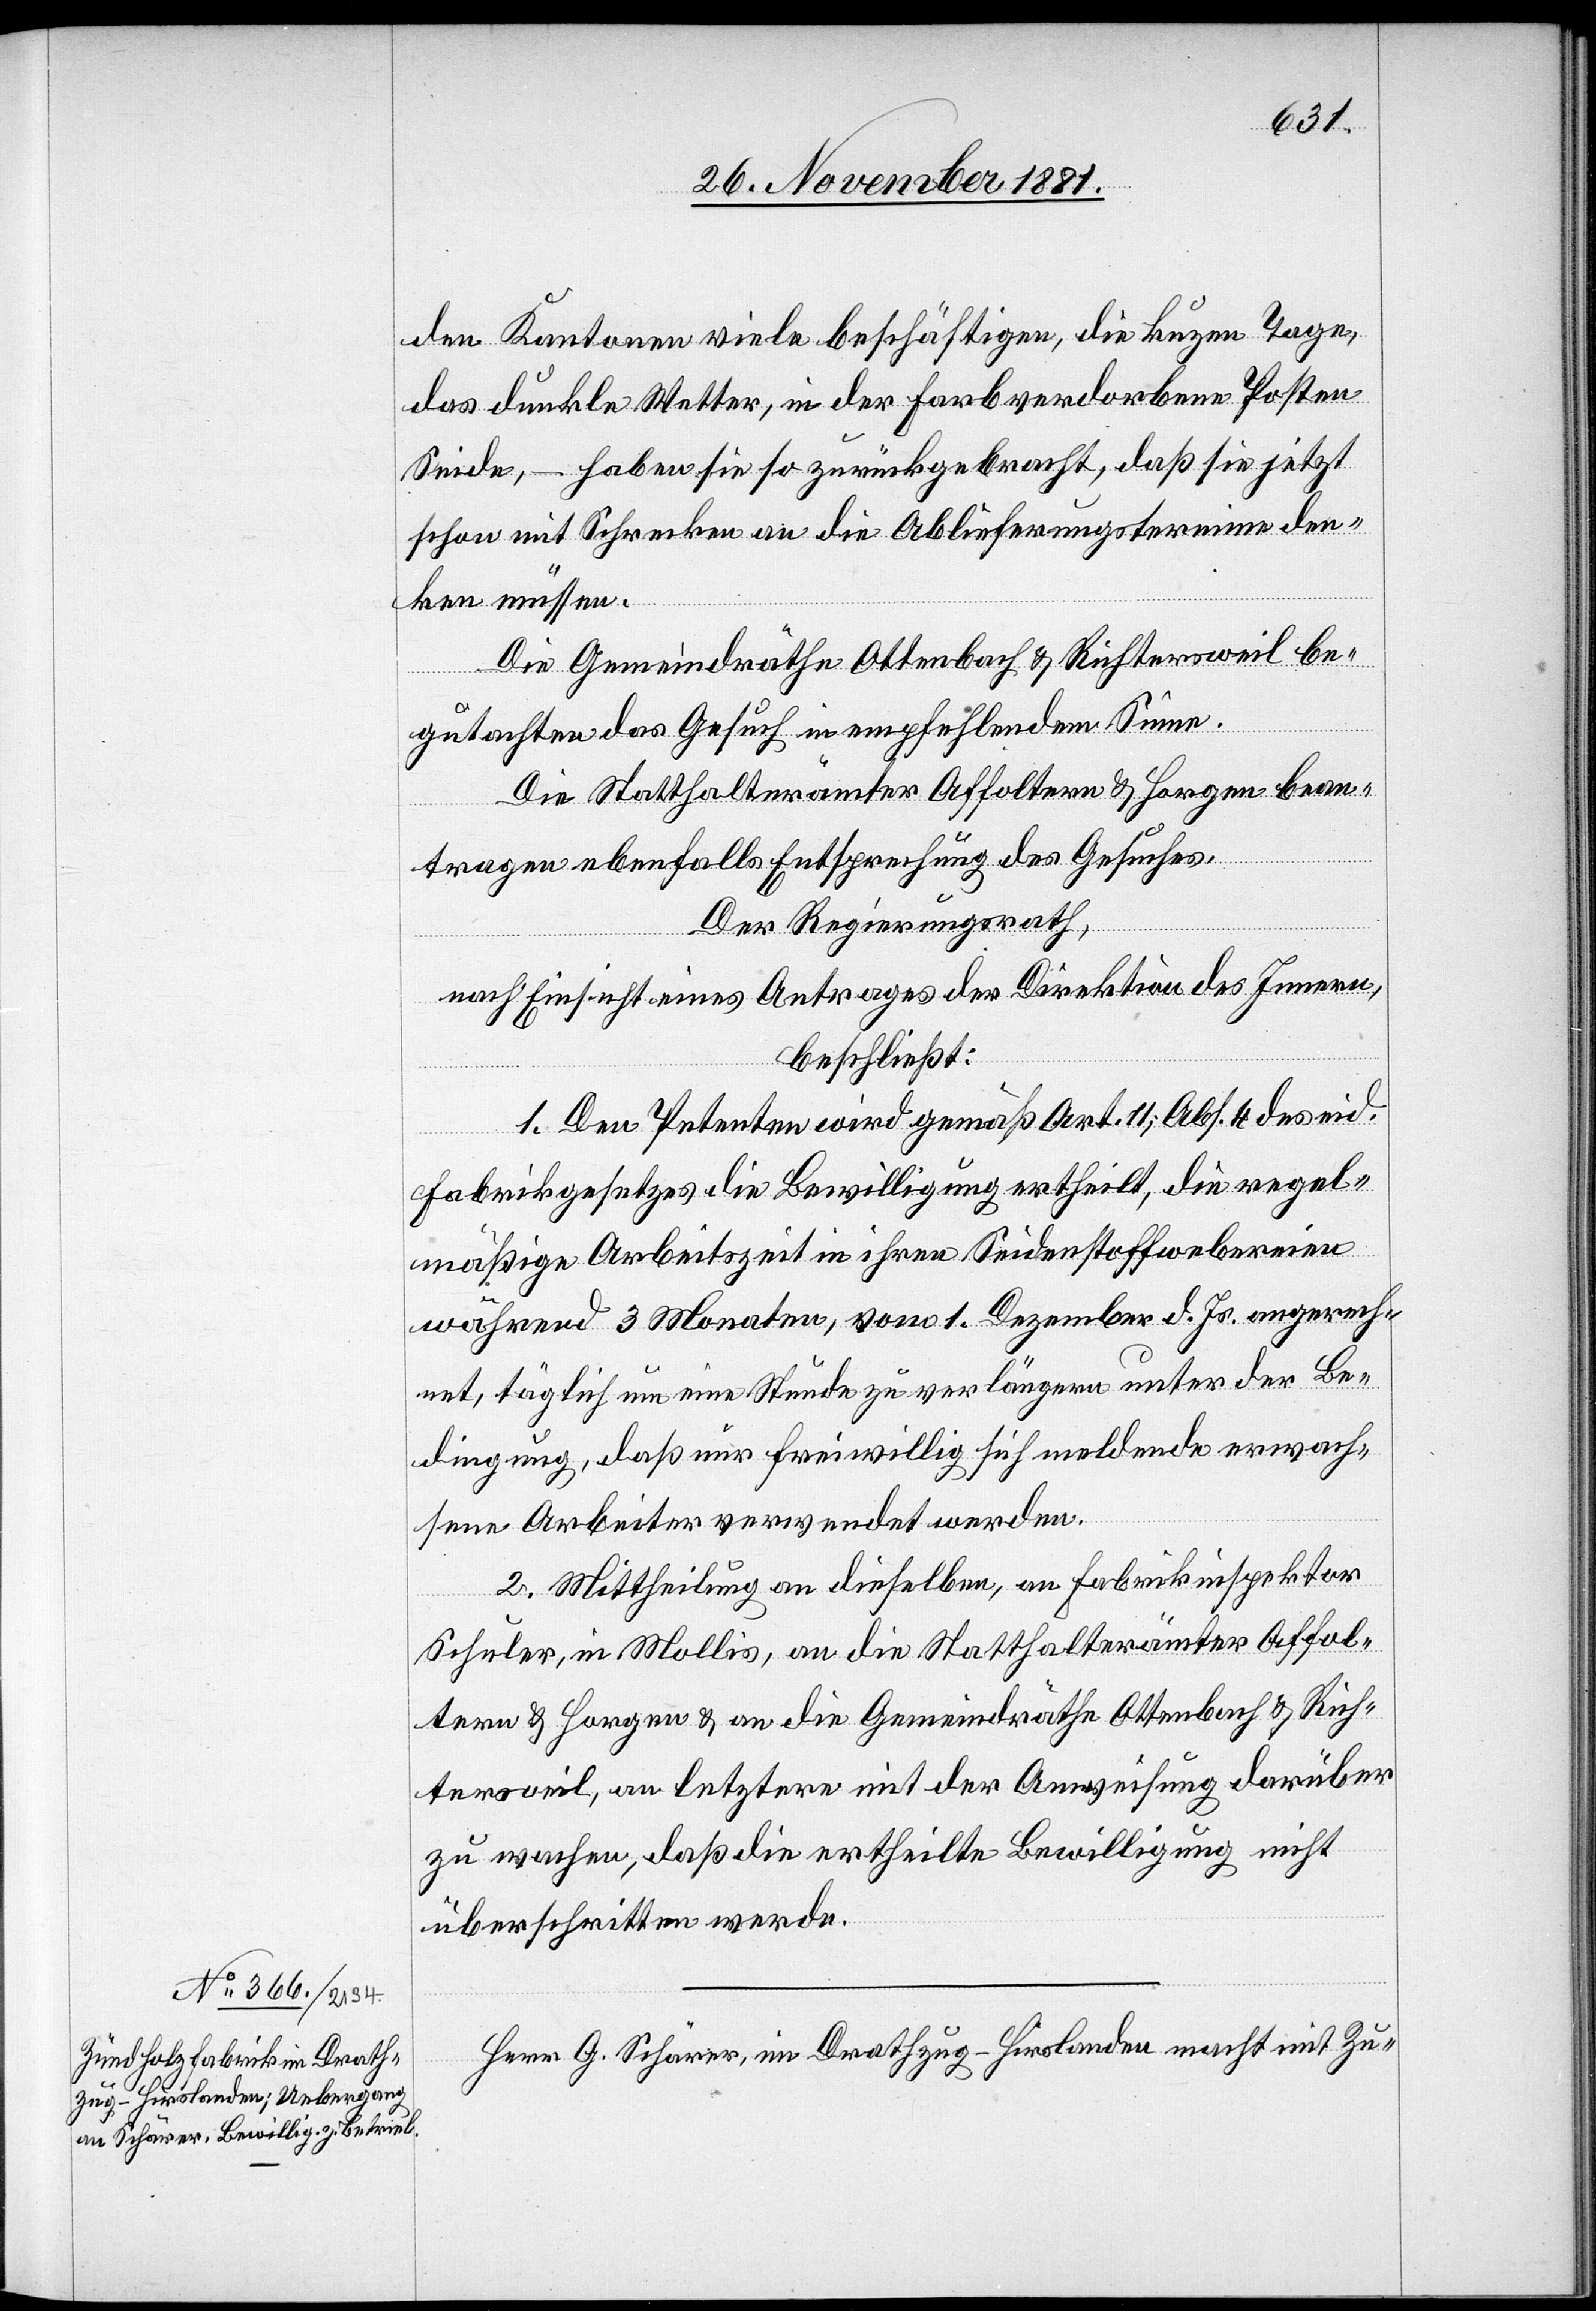
den Kantonen viele beschäftigen, die kurzen Tage,
das dunkle Wetter, in der Farb verdorbene Posten
Seide, – haben sie so zurückgebracht, daß sie jetzt
schon mit Schrecken an die Ablieferungstermine den¬
ken müssen.
Die Gemeindräthe Ottenbach & Richtersweil be¬
isung,
gutachten das Gesuch in empfehlendem Sinne.
Die Statthalterämter Affoltern & Horgen bean¬
tragen ebenfalls Entsprechung des Gesuches.
Der Regierungsrath,
nach Einsicht eines Antrages der Direktion des Innern,
beschließt:
1. Den Petenten wird gemäß Art. 11, Abs. 4 des eid.
Fabrikgesetzes die Bewilligung ertheilt, die regel¬
mäßige Arbeitszeit in ihren Seidenstoffwebereien
während 3 Monaten, vom 1. Dezember d. Js. an gerech¬
net, täglich um eine Stunde zu verlängern unter der Be¬
dingung, daß nur freiwillig sich meldende erwach¬
sene Arbeiter verwendet werden.
2. Mittheilung an dieselben, an Fabrikinspektor
Schuler, in Mollis, an die Statthalterämter Affol¬
tern & Horgen & an die Gemeindräthe Wetzikon, an l¬
zu wachen, daß die ertheilte Bewilligung nicht
überschritten werde.
Herr G. Schärer, im Drathzug - Hirslanden macht mit Zu-